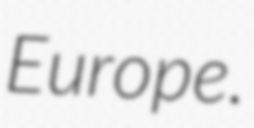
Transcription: Europe.